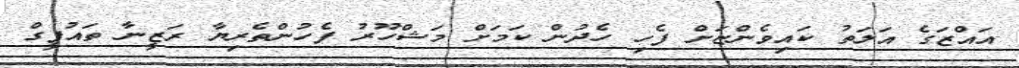
އައްޒަގެ އަލަތު ކައިވެންޏަށް ފެހި ހެދުން ކަމަށް މަޝްހޫރު ފެހުންތެރިޔާ ރަޒީނާ ތައުފީގް